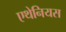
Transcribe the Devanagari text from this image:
एथेनियस